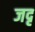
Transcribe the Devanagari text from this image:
जदृ